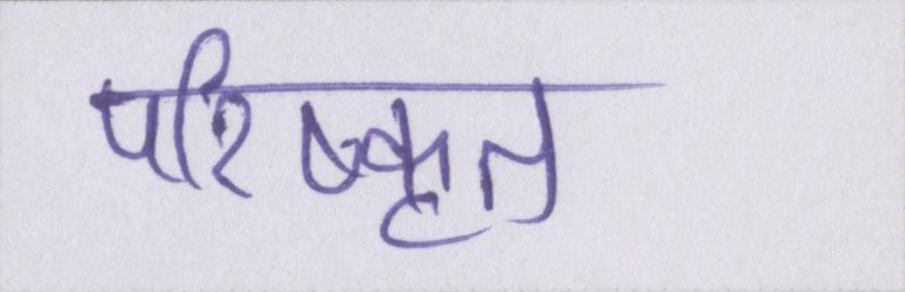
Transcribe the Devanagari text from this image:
परिष्कृत